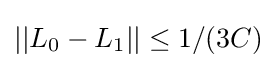
||L_{0}-L_{1}||\leq 1/(3C)